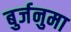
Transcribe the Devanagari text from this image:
बुर्जनुमा